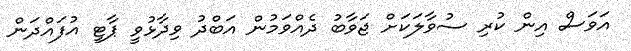
އަވަސް އިން ކުރި ސުވާލަކަށް ޖަވާބު ދެއްވަމުން އަބްދު ވިދާޅުވީ ޕާޓީ އުފައްދަން